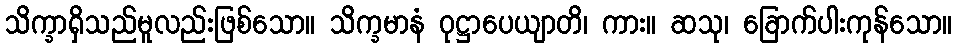
သိက္ခာရှိသည်မူလည်းဖြစ်သော။ သိက္ခမာနံ ဝုဋ္ဌာပေယျာတိ၊ ကား။ ဆသု၊ ခြောက်ပါးကုန်သော။